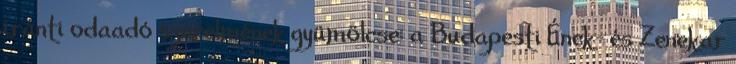
iránti odaadó szerelmének gyümölcse: a Budapesti Ének- és Zenekar